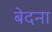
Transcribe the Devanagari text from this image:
बेदना